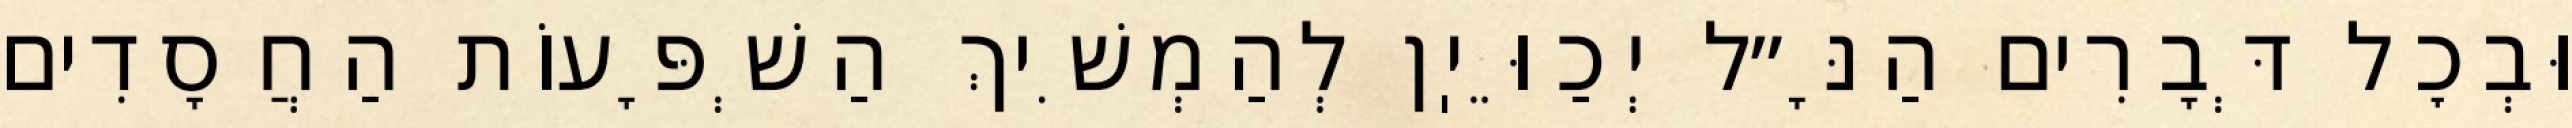
וּבְכׇל דְּבָרִים הַנָּ״ל יְכַוֵּיֽן לְהַמְשִׁיךְ הַשְׁפָּעוֹת הַחֲסָדִים